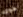
هوى